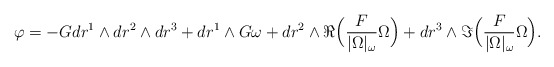
\begin{align*} \varphi = -G dr^1 \wedge dr^2 \wedge dr^3 + dr^1 \wedge G \omega + dr^2 \wedge \Re \Big( \frac{F}{|\Omega|_\omega} \Omega \Big) + dr^3 \wedge \Im \Big( \frac{F}{|\Omega|_\omega} \Omega \Big).\end{align*}